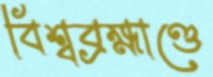
বিশ্বব্রহ্মাণ্ডে